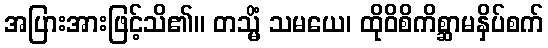
အပြားအားဖြင့်သိ၏။ တသ္မိံ သမယေ၊ ထိုဝိစိကိစ္ဆာမနှိပ်စက်